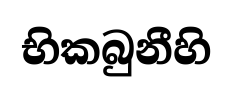
භිකබුනීහි